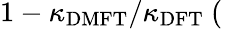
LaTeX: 1-\kappa_{\mathrm{DMFT}}/\kappa_{\mathrm{DFT}}~(\